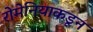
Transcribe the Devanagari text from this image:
रोमेनियाकडून